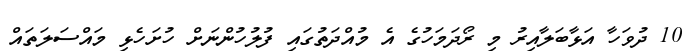
10 ދުވަހާ އަޅާބަލާއިރު މި ރޯދަމަހުގެ އެ މުއްދަތުގައި ފުލުހުންނަަށް ހުށަހެޅި މައްސަލަތައް